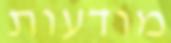
מודעות